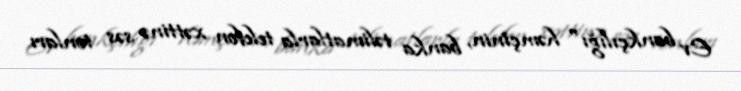
Ev bankçılığı" həmçinin, banka təlimatlarla telefon xəttinə səs tonları